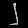
Digit: ၂